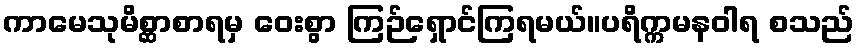
ကာမေသုမိစ္ဆာစာရမှ ဝေးစွာ ကြဉ်ရှောင်ကြရမယ်။ပရိက္ကမနဝါရ စသည်